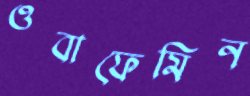
ওবাফেমিন